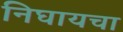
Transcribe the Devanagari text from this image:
निघायचा